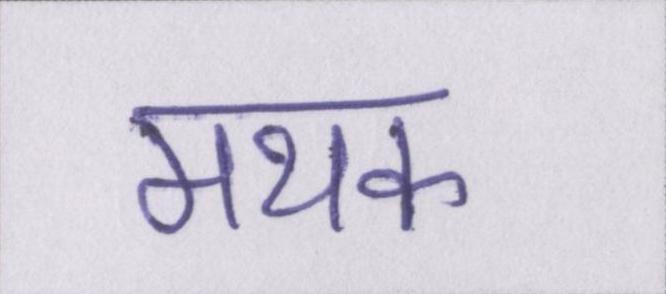
मथक